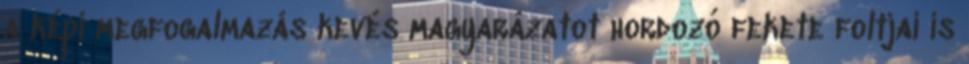
a képi megfogalmazás kevés magyarázatot hordozó fekete foltjai is